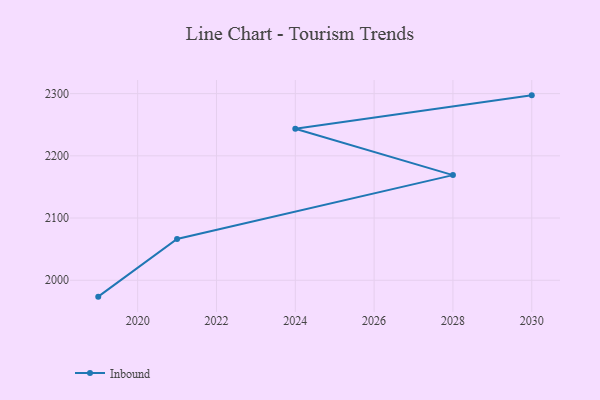
{"axis": {"x": "Year", "y": "Latency (ms)"}, "legend": ["Inbound"], "data": [{"x": "2030", "y": 2297.2, "type": "Inbound"}, {"x": "2024", "y": 2243.6, "type": "Inbound"}, {"x": "2028", "y": 2169.0, "type": "Inbound"}, {"x": "2021", "y": 2066.4, "type": "Inbound"}, {"x": "2019", "y": 1973.7, "type": "Inbound"}]}